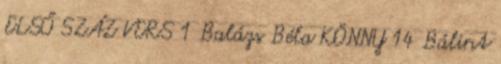
ELSŐ SZÁZ VERS 1 Balázs Béla KÖNNY 14 Bálint